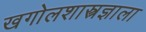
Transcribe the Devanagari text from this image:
खगोलशास्त्रज्ञाला